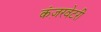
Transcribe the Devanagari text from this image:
कंज़रवेटरी